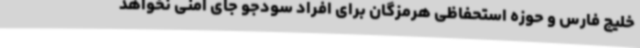
خلیج فارس و حوزه استحفاظی هرمزگان برای افراد سودجو جای امنی نخواهد